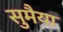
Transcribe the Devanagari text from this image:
सुमैया